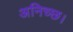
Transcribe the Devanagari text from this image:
अनिच्छ।